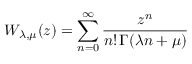
W _ { \lambda , \mu } ( z ) = \sum _ { n = 0 } ^ { \infty } \frac { z ^ { n } } { n ! \, \Gamma ( \lambda n + \mu ) }